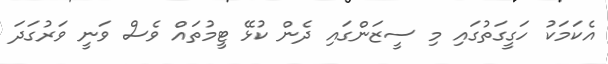
އެކަމަކު ހަގީގަތުގައި މި ސީޒަންގައި ދެން ކުޅޭ ޓީމުތައް ވެސް ވަނީ ވަރުގަދަ